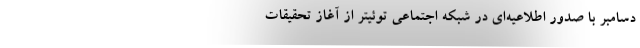
دسامبر با صدور اطلاعیه‌ای در شبکه اجتماعی توئیتر از آغاز تحقیقات